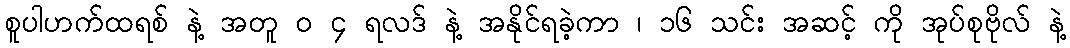
စူပါဟက်ထရစ် နဲ့ အတူ ၀ ၄ ရလဒ် နဲ့ အနိုင်ရခဲ့ကာ ၊ ၁၆ သင်း အဆင့် ကို အုပ်စုဗိုလ် နဲ့